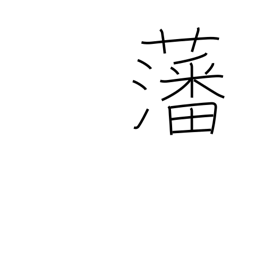
Meaning: enclosure